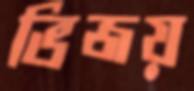
ভিজয়